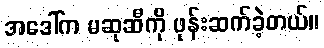
အဒေါ်က မဆုဆီကို ဖုန်းဆက်ခဲ့တယ်။